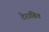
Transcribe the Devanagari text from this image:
टेराबित